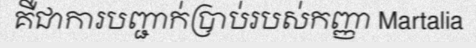
គឺជាការបញ្ជាក់ប្រាប់របស់កញ្ញា Martalia